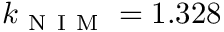
k _ { \mathrm { ~ N ~ I ~ M ~ } } = 1 . 3 2 8